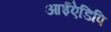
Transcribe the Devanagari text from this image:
आईऐडिपि